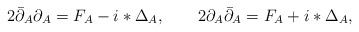
\begin{align*}2\bar\partial_A\partial_A=F_A-i\ast\Delta_A,\qquad2\partial_A\bar\partial_A=F_A+i\ast\Delta_A,\end{align*}